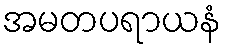
အမတပရာယနံ